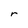
Character: r